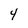
Character: 4